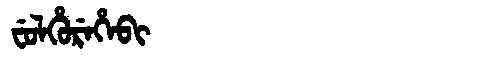
Manchu: ᠸᡠᠯᡥᡠᡵᡝᡥᡝᠪᡳ
Romanization: FULHUREHEBI